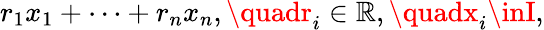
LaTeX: r_{1}x_{1}+\cdots+r_{n}x_{n},\quadr_{i}\in\mathbb{R},\quadx_{i}\inI,